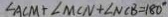
\angle A C M + \angle M C N + \angle N C B = 1 8 0 ^ { \circ }